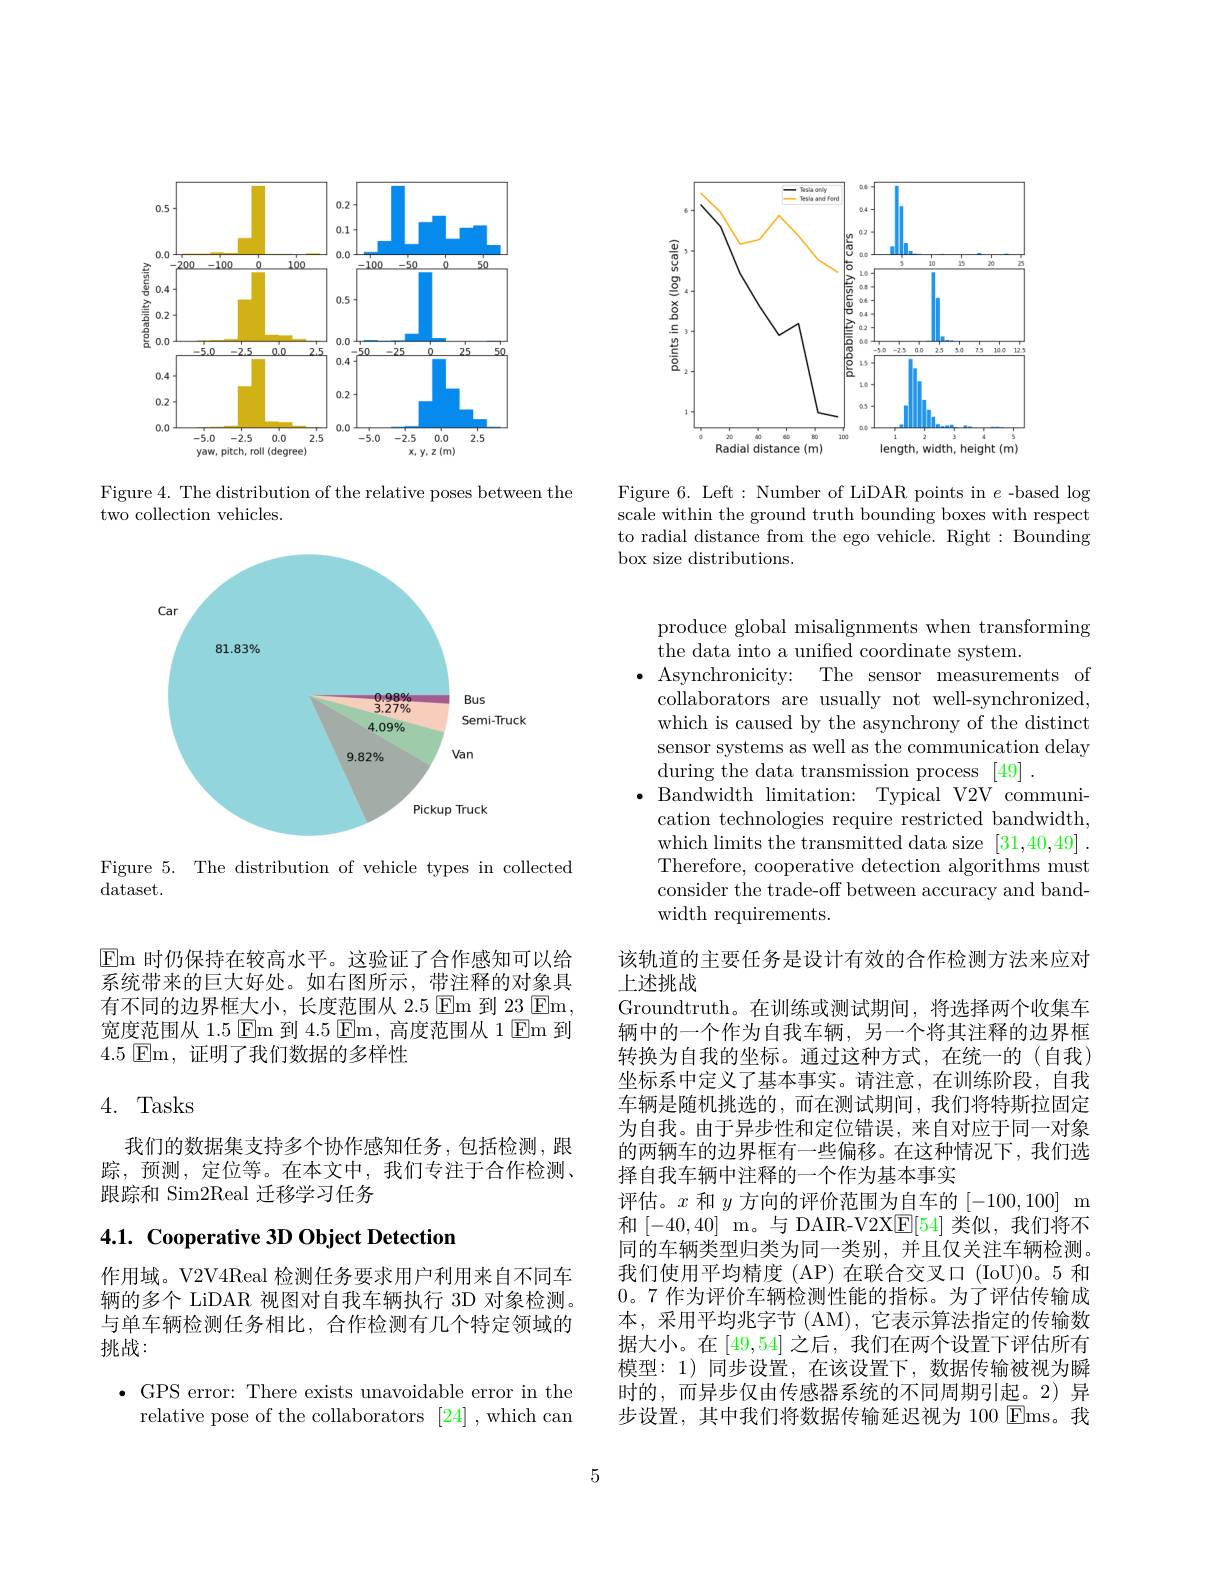
<FigureHere>

Figure 6. Left: Number of LiDAR points in $e$ -based log scale within the ground truth bounding boxes with respect to radial distance from the ego vehicle. Right: Bounding box size distributions.

<FigureHere>

Figure 4. The distribution of the relative poses between the
two collection vehicles.

<FigureHere>

Figure 5. The distribution of vehicle types in collected
dataset.

$\operatorname{Em}$时仍保持在较高水平。这验证了合作感知可以给系统带来的巨大好处。如右图所示，带注释的对象具有不同的边界框大小，长度范围从 2.5 $\operatorname{Em}$到 23 $\operatorname{Em}$, 宽度范围从 1.5 $\operatorname{Em}$到 4.5 $\operatorname{Em}$,高度范围从 1 Em 到4.5 ${\mathrm{Em}}$, ${\mathrm{证 明 了 我 们 数 据 的 多 样 性 }}$

## 4. Tasks

我们的数据集支持多个协作感知任务，包括检测，跟踪，预测，定位等。在本文中，我们专注于合作检测、 跟踪和 Sim2Real 迁移学习任务

# 4.1. Cooperative 3D Object Detection

作用域。V2V4Real 检测任务要求用户利用来自不同车辆的多个 LiDAR 视图对自我车辆执行 3D 对象检测。与单车辆检测任务相比，合作检测有几个特定领域的挑战：

$\bullet$ GPS error: There exists unavoidable error in the
relative pose of the collaborators [24] ,which can

produce global misalignments when transforming
the data into a unified coordinate system.
$\bullet$ Asynchronicity: The sensor measurements of
collaborators are usually not well-synchronized, which is caused by the asynchrony of the distinct sensor systems as well as the communication delay during the data transmission process [49]
$\bullet$ Bandwidth limitation: Typical V2V communi-
cation technologies require restricted bandwidth, which limits the transmitted data size [31,40,49]. Therefore, cooperative detection algorithms must consider the trade-off between accuracy and bandwidth requirements.

该轨道的主要任务是设计有效的合作检测方法来应对
上述挑战

Groundtruth。在训练或测试期间，将选择两个收集车辆中的一个作为自我车辆，另一个将其注释的边界框转换为自我的坐标。通过这种方式，在统一的(自我) 坐标系中定义了基本事实。请注意，在训练阶段，自我车辆是随机挑选的，而在测试期间，我们将特斯拉固定为自我。由于异步性和定位错误，来自对应于同一对象的两辆车的边界框有一些偏移。在这种情况下，我们选择自我车辆中注释的一个作为基本事实
评估。$x$和$y$方向的评价范围为自车的[-100,100] m 和[-40,40]m。与 DAIR-V2X$\underline{\mathrm{F}}[54]$ 类似，我们将不同的车辆类型归类为同一类别，并且仅关注车辆检测。我们使用平均精度(AP)在联合交叉口(IoU)0。5 和0。7作为评价车辆检测性能的指标。为了评估传输成本，采用平均兆字节 (AM),它表示算法指定的传输数据大小。在[49,54]之后，我们在两个设置下评估所有模型：1)同步设置，在该设置下，数据传输被视为瞬时的，而异步仅由传感器系统的不同周期引起。2)异步设置，其中我们将数据传输延迟视为 100 Ems。我

5